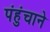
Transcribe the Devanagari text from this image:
पंहुंचाने